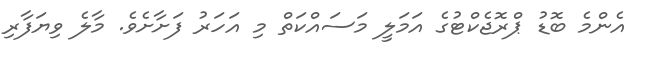
އެންމެ ބޮޑު ޕްރޮޖެކްޓުގެ އަމަލީ މަސައްކަތް މި އަހަރު ފަށާށެވެ. މާލެ ވިޔަފާރި